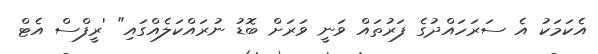
އެކަމަކު އެ ސަރަހައްދުގެ ފަރުތައް ވަނީ ވަރަށް ބޮޑު ނުރައްކަލެއްގައި" 'ރީފްސް އެޓް